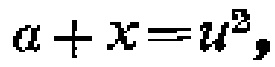
\(a + x = u^{2},\)